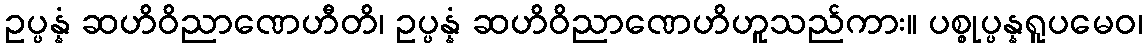
ဥပ္ပန္နံ ဆဟိဝိညာဏေဟီတိ၊ ဥပ္ပန္နံ ဆဟိဝိညာဏေဟိဟူသည်ကား။ ပစ္စုပ္ပန္နရူပမေဝ၊